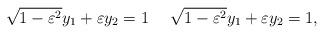
LaTeX: \begin{align*}\sqrt{1-\varepsilon^2}y_1+\varepsilon y_2=1 \ \ \ \ \sqrt{1-\varepsilon^2}y_1+\varepsilon y_2=1, \end{align*}